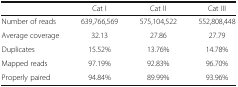
|  | Cat I | Cat II | Cat III |
 | --- | --- | --- | --- |
 | Number of reads | 639,766,569 | 575,104,522 | 552,808,448 |
 | Average coverage | 32.13 | 27.86 | 27.79 |
 | Duplicates | 15.52% | 13.76% | 14.78% |
 | Mapped reads | 97.19% | 92.83% | 96.70% |
 | Properly paired | 94.84% | 89.99% | 93.96% |